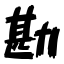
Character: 勘